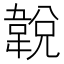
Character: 𩎰